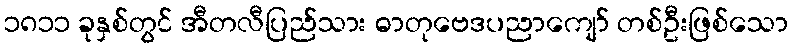
၁၈၁၁ ခုနှစ်တွင် အီတလီပြည်သား ဓာတုဗေဒပညာကျော် တစ်ဦးဖြစ်သော